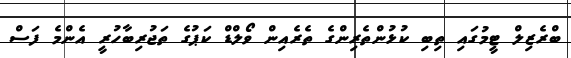
ބްރެޒިލް ޓީމުގައި ތިބި ކުޅުންތެރިންގެ ތެރެއިން ވޯލްޑް ކަޕުގެ ތަޖުރިބާހުރީ އެންމެ ފަސް